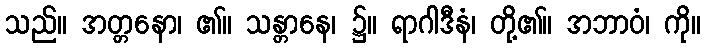
သည်။ အတ္တနော၊ ၏။ သန္တာနေ၊ ၌။ ရာဂါဒီနံ၊ တို့၏။ အဘာဝံ၊ ကို။